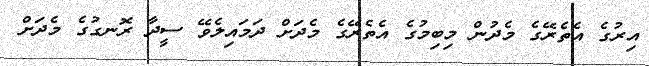
އިރުގެ އެތެރޭގެ މެދުން މިބިމުގެ އެތެރޭގެ މެދަށް ދަމައިލެވޭ ސީދާ ރޮނގުގެ މެދަށް